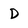
Character: D